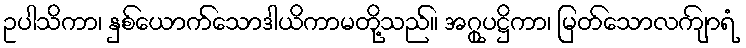
ဥပါသိကာ၊ နှစ်ယောက်သောဒါယိကာမတို့သည်။ အဂ္ဂုပဋ္ဌိကာ၊ မြတ်သောလကျ်ာရံ